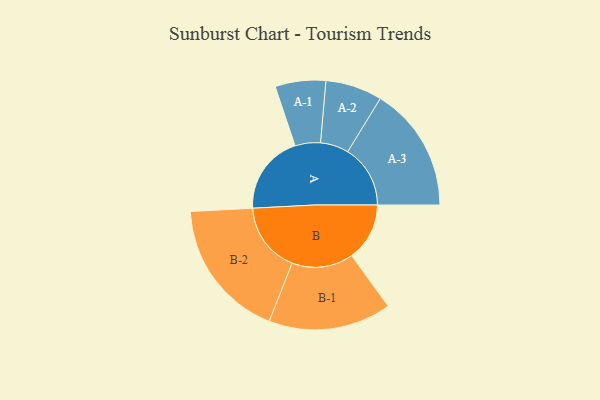
{"axis": {"x": "Segment", "y": "Value"}, "legend": ["", "A", "B"], "data": [{"x": "A", "y": 337, "type": ""}, {"x": "B", "y": 245, "type": ""}, {"x": "A-1", "y": 107, "type": "A"}, {"x": "A-2", "y": 120, "type": "A"}, {"x": "A-3", "y": 265, "type": "A"}, {"x": "B-1", "y": 260, "type": "B"}, {"x": "B-2", "y": 297, "type": "B"}]}